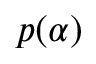
p ( \alpha )